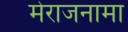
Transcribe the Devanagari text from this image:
मेराजनामा